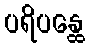
ပရိပန္ထေ